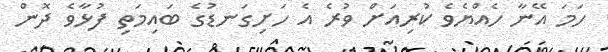
ހަމަ އޭނާ ހެއްޔެވެ ކުރިއަށް ވުރެ އެ ހަށިގަނޑުގެ ބައިމަތި ފުޅާވެ ދޮން